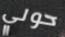
حولي